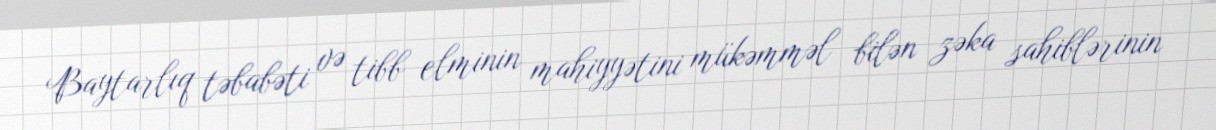
Baytarlıq təbabəti və tibb elminin mahiyyətini mükəmməl bilən zəka sahiblərinin